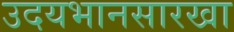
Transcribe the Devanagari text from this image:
उदयभानसारखा